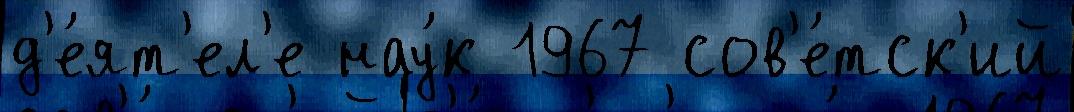
д'е́ят'ел'е нау́к 1967 сов'е́тск'ий